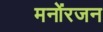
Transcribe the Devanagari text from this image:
मनोंरजन